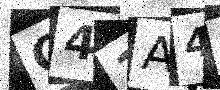
Text: C41A4E